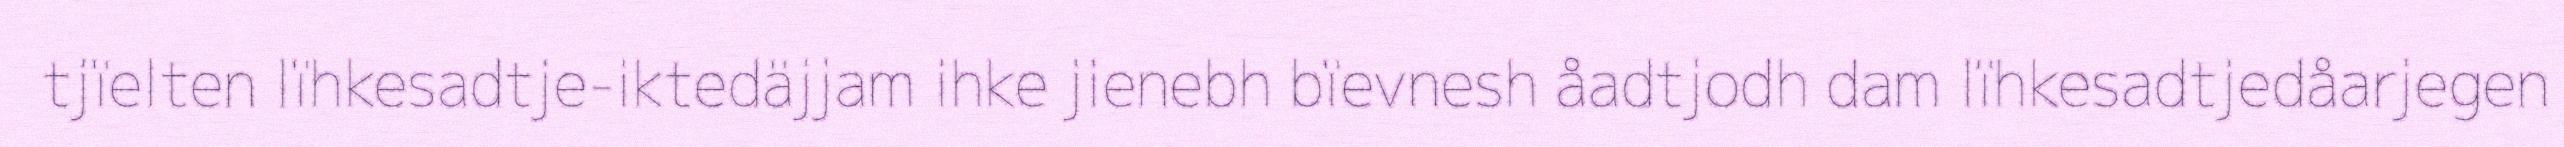
tjïelten lïhkesadtje-iktedäjjam ihke jienebh bïevnesh åadtjodh dam lïhkesadtjedåarjegen